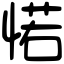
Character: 𢜪